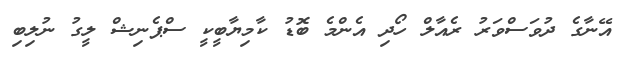
އޭނާގެ ދުވަސްވަރު ރެއާލް ހޯދި އެންމެ ބޮޑު ކާމިޔާބީކީ ސްޕެނިޝް ލީގު ނުލިބި